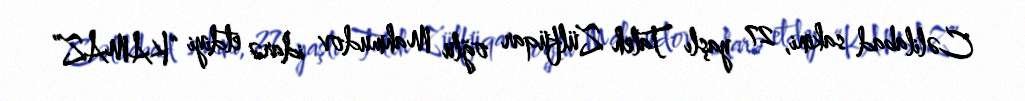
Cəlilabad sakini, 27 yaşlı Taleh Zülfüqar oğlu Mahmudov idarə etdiyi “KAMAZ”